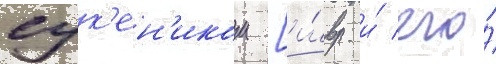
сук'ен'иком [и́вр. и́ его́